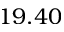
1 9 . 4 0